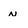
Character: n